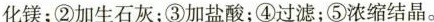
化镁；②加生石灰；③加盐酸；④过滤；⑤浓缩结晶。